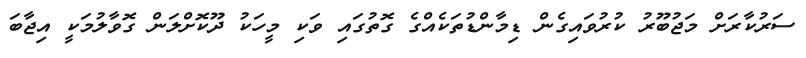
ސަރުކާރަށް މަޖުބޫރު ކުރުވައިގެން ޑިމާންޑުތަކެއްގެ ގޮތުގައި ވަކި މީހަކު ދޫކޮށްލަން ގޮވާލުމަކީ އިޖާބަ